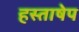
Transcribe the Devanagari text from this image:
हस्ताषेप